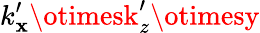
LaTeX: k_{\mathbf{x}}^{\prime}\otimesk_{z}^{\prime}\otimesy